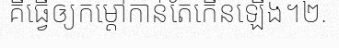
គឺធ្វើឲ្យកម្តៅកាន់តែកើនឡើង។២.